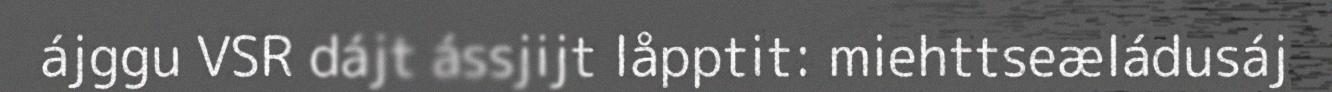
ájggu VSR dájt ássjijt låpptit: miehttseæládusáj